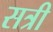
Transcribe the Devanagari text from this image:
सत्री